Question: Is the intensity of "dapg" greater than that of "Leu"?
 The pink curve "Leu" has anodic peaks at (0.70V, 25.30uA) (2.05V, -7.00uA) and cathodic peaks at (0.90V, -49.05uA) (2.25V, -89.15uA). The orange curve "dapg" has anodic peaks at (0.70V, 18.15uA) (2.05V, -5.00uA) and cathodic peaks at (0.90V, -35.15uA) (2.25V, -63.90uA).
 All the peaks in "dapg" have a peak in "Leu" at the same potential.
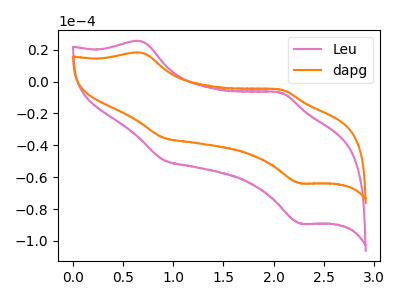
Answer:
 <answer>I cant tell if "dapg" or "Leu" has more signal.</answer>
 <eval>mixed_signal</eval>